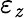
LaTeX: \varepsilon_{\mathit{z}}